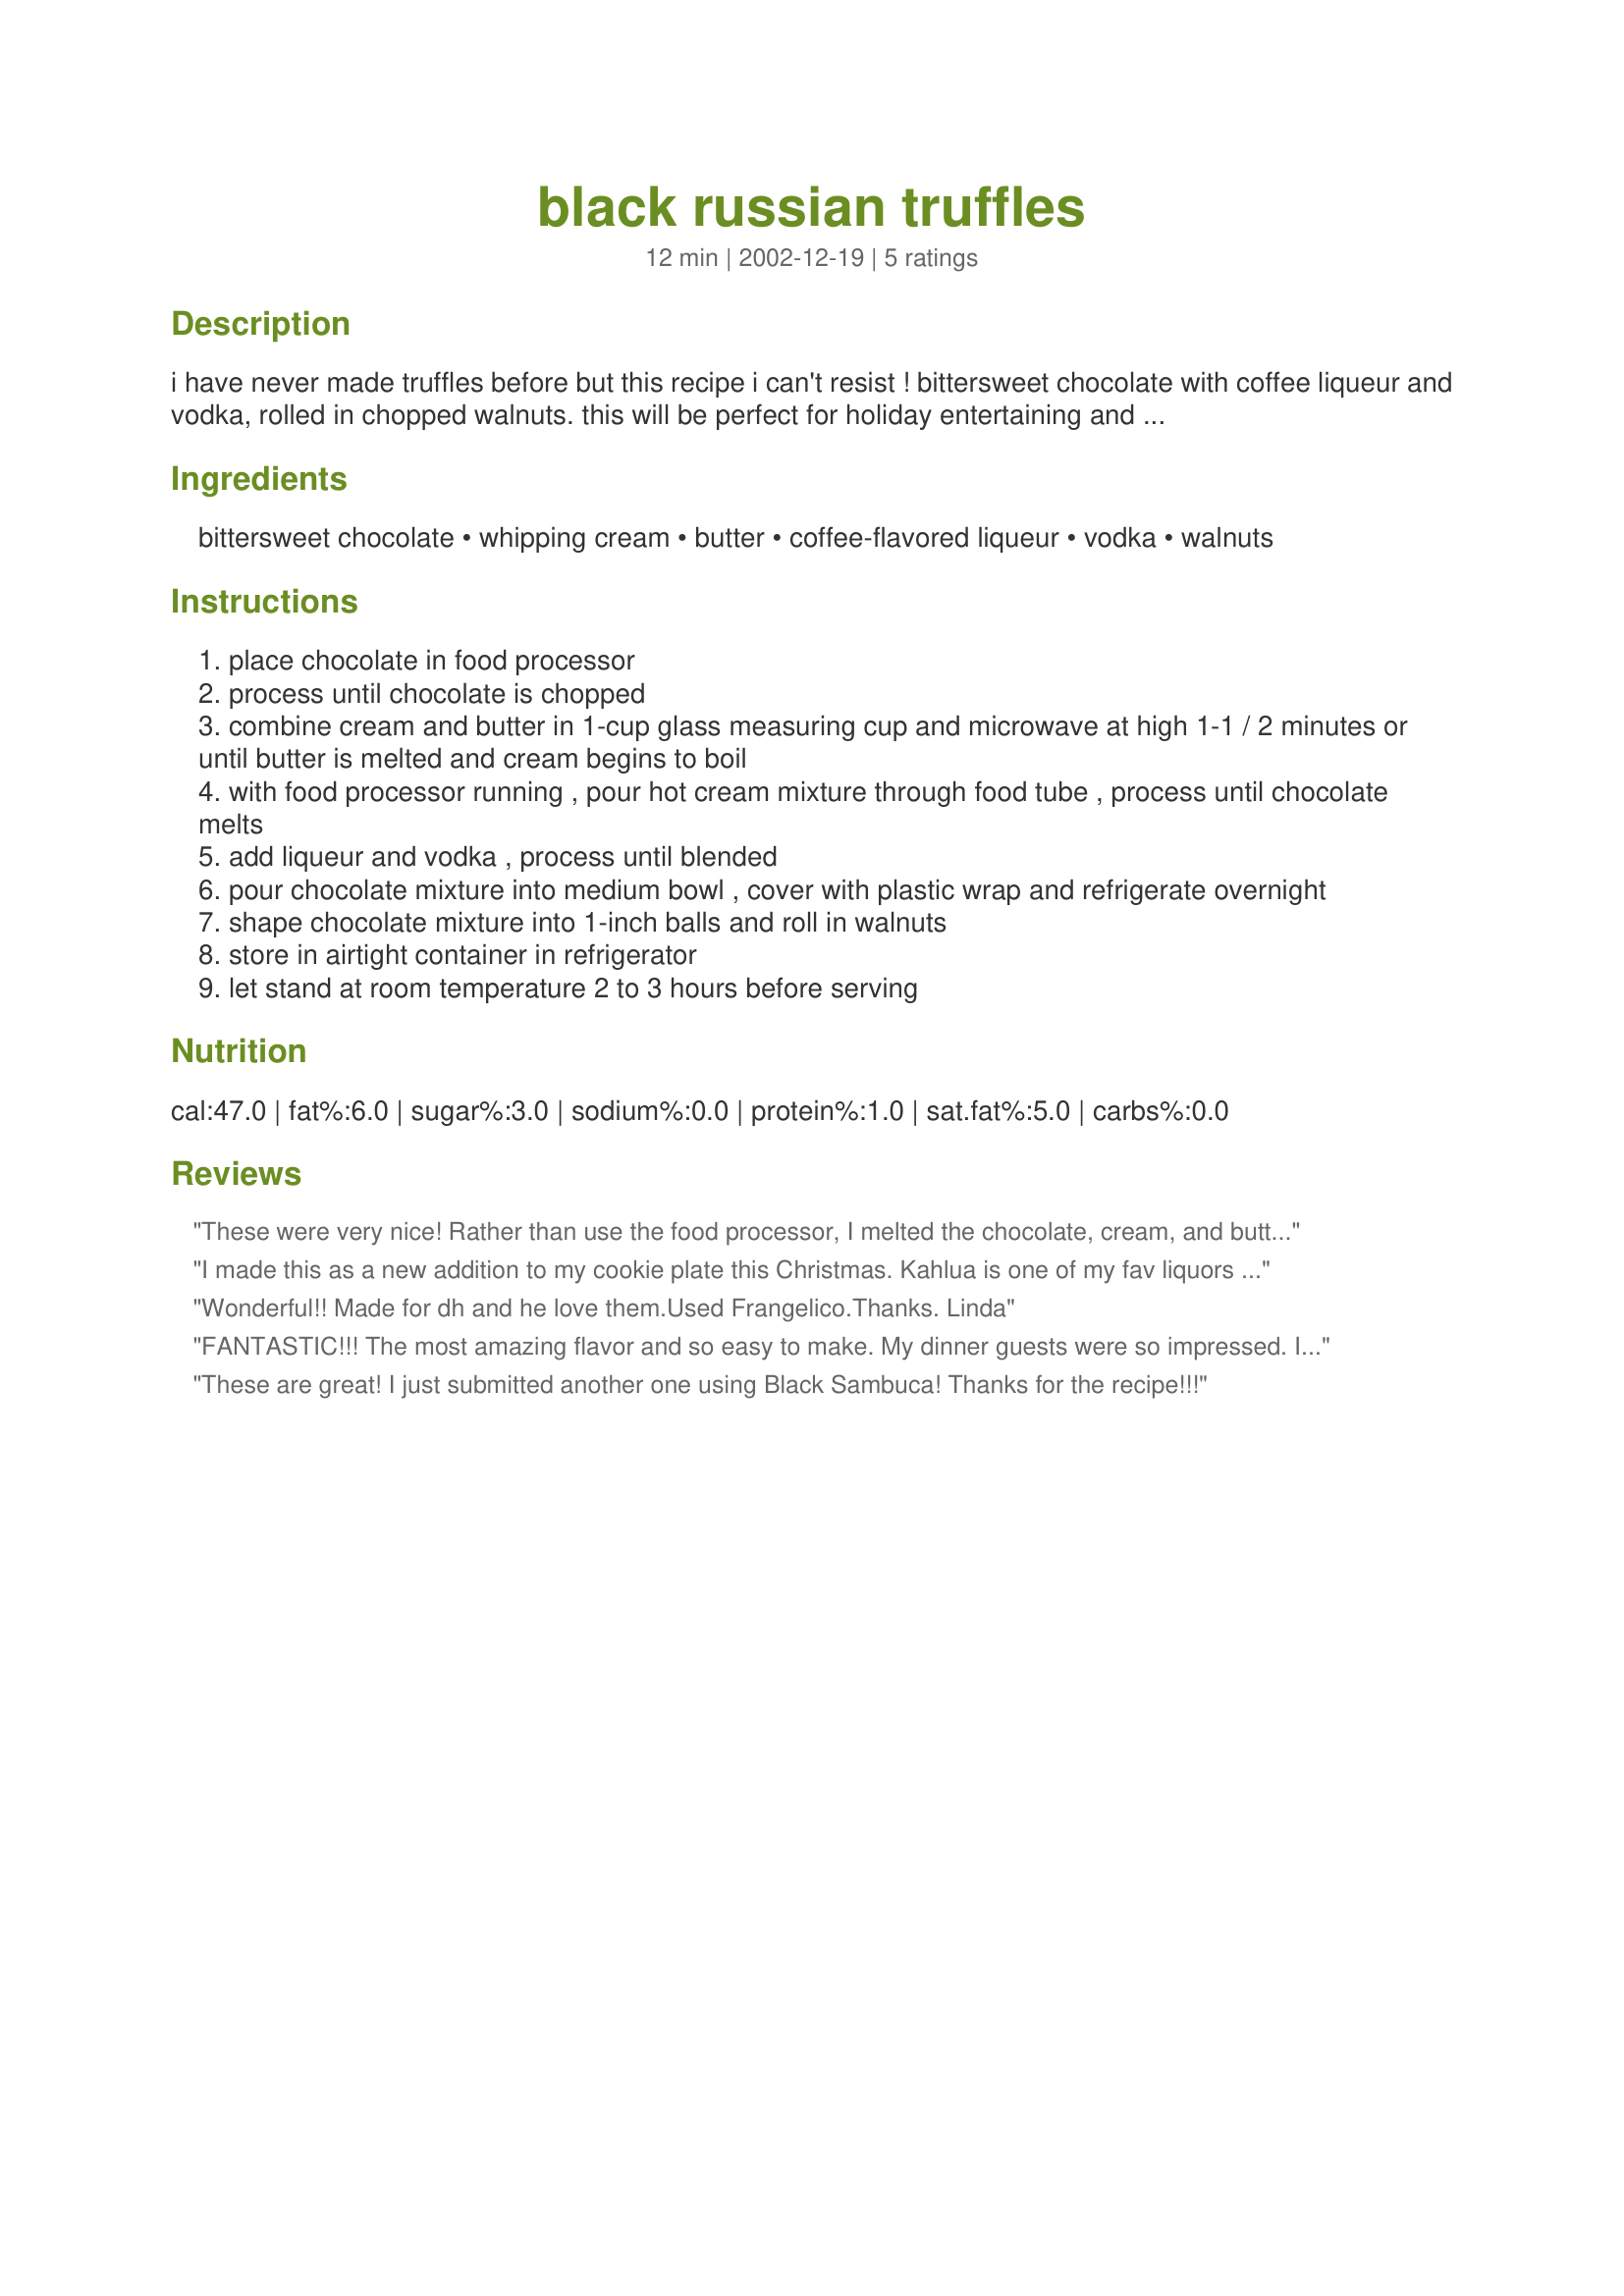
black russian truffles
Preparation time: 12 minutes

i have never made truffles before but this recipe i can't resist ! bittersweet chocolate with coffee liqueur and vodka, rolled in chopped walnuts. this will be perfect for holiday entertaining and gifts. thank you recipe institute! prep time does not include refrigerating overnight.

Ingredients:
bittersweet chocolate, whipping cream, butter, coffee-flavored liqueur, vodka, walnuts

Steps:
place chocolate in food processor
process until chocolate is chopped
combine cream and butter in 1-cup glass measuring cup and microwave at high 1-1 / 2 minutes or until butter is melted and cream begins to boil
with food processor running , pour hot cream mixture through food tube , process until chocolate melts
add liqueur and vodka , process until blended
pour chocolate mixture into medium bowl , cover with plastic wrap and refrigerate overnight
shape chocolate mixture into 1-inch balls and roll in walnuts
store in airtight container in refrigerator
let stand at room temperature 2 to 3 hours before serving

Reviews:
These were very nice! Rather than use the food processor, I melted the chocolate, cream, and butter in a double boiler, then added the other ingredients...it turned out fine. Also, the mixture was ready for rolling after about 2 hours. We rolled these in a 3/2 ratio cocoa/powdered sugar mixture. Thanks for the recipe!
I made this as a new addition to my cookie plate this Christmas. Kahlua is one of my fav liquors so I decided to try this-so glad I did! My sil called me the next day and requested the recipe. Thank you for posting!
Wonderful!! Made for dh and he love them.Used Frangelico.Thanks. Linda
FANTASTIC!!! The most amazing flavor and so easy to make. My dinner guests were so impressed. Instead of walnuts I used chopped almonds.
These are great! I just submitted another one using Black Sambuca!
Thanks for the recipe!!!
